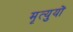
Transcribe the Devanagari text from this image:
मृत्युयों